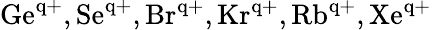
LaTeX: \mathrm{Ge^{q+},Se^{q+},Br^{q+},Kr^{q+},Rb^{q+},Xe^{q+}}